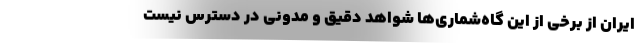
ایران از برخی از این گاه‌شماری‌ها شواهد دقیق و مدونی در دسترس نیست